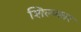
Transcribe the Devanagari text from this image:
शिल्प्कार